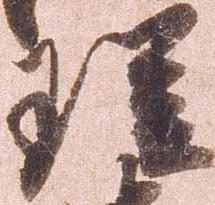
理